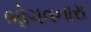
ભોગવનારા